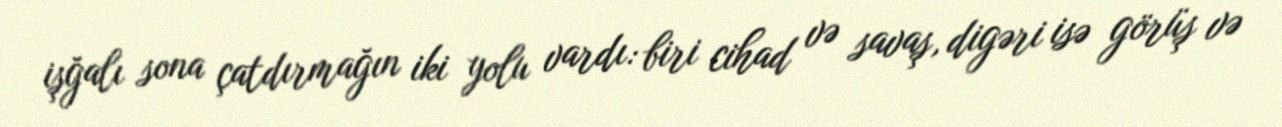
işğalı sona çatdırmağın iki yolu vardı: biri cihad və savaş, digəri isə görüş və